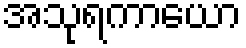
အသုရကာယော